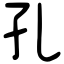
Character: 孔